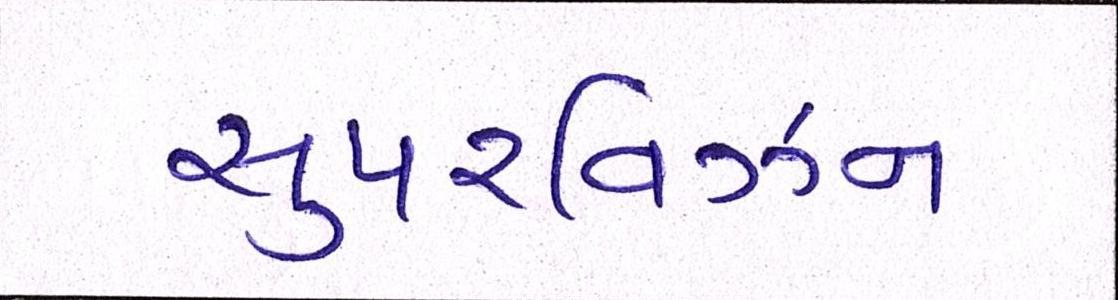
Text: સુપરવિઝન